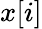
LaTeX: x[i]